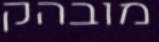
מובהק